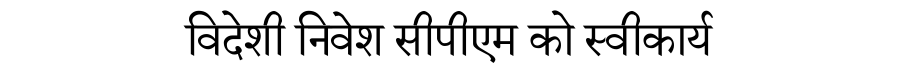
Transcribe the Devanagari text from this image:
विदेशी निवेश सीपीएम को स्वीकार्य